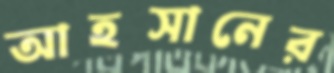
আহসানের